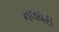
નલધરી